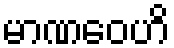
မာဏဝေဟိ